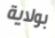
بولاية